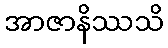
အာဇာနိဿသိ